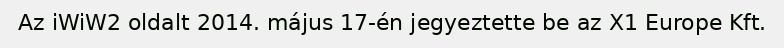
Az iWiW2 oldalt 2014. május 17-én jegyeztette be az X1 Europe Kft.